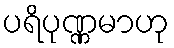
ပရိပုဏ္ဏမာဟု